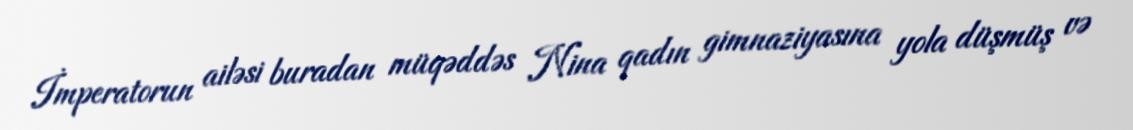
İmperatorun ailəsi buradan müqəddəs Nina qadın gimnaziyasına yola düşmüş və